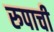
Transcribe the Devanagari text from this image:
रुपाची